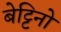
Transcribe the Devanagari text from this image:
बेट्टिनो